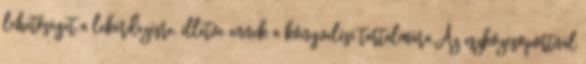
lehetőséget a lekérdezésre, illetve ennek a könyvelési tartalmára.Az eszközcsoportnál